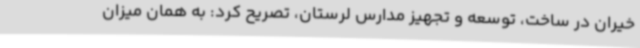
خیران در ساخت، توسعه و تجهیز مدارس لرستان، تصریح کرد: به همان میزان